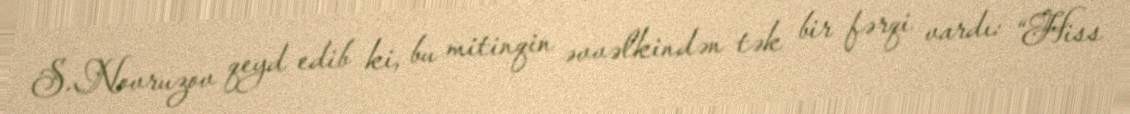
S.Novruzov qeyd edib ki, bu mitinqin əvvəlkindən tək bir fərqi vardı: “Hiss